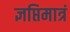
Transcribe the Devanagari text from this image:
ज्ञप्तिमात्रं